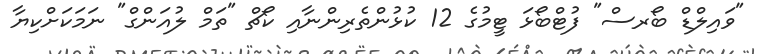
"ވައިލްޑް ބޯރސް" ފުޓްބޯޅަ ޓީމުގެ 12 ކުޅުންތެރިންނާއި ކޯޗް "ތަމް ލުއަންގް" ނަމަކަށްކިޔާ